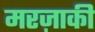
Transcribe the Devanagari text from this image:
मरज़ाकी